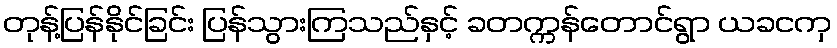
တုန့်ပြန်နိုင်ခြင်း ပြန်သွားကြသည်နှင့် ခတက္ကန်တောင်ရွာ ယခငကှ